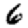
Digit: 6